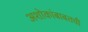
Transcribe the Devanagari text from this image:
अशोकांबाबतची